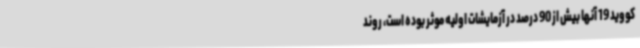
کووید 19 آنها بیش از 90 درصد در آزمایشات اولیه موثر بوده است، روند